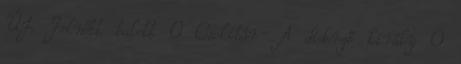
ÚJ Felnőtt balett 0 Csokibár- A didergő király 0